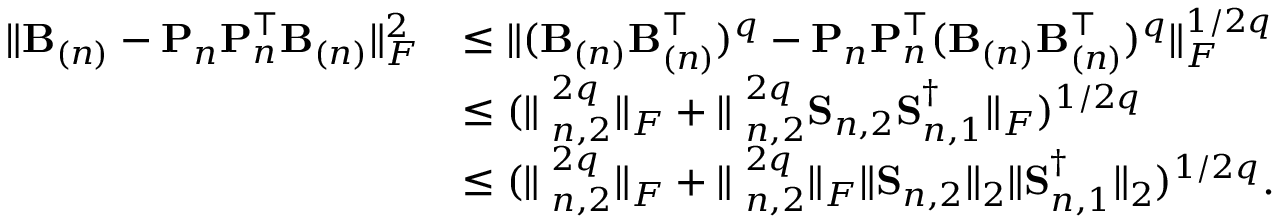
\begin{array} { r l } { \| \mathbf { B } _ { ( n ) } - { \bf P } _ { n } { \bf P } _ { n } ^ { \top } \mathbf { B } _ { ( n ) } \| _ { F } ^ { 2 } } & { \leq \| ( \mathbf { B } _ { ( n ) } \mathbf { B } _ { ( n ) } ^ { \top } ) ^ { q } - { \bf P } _ { n } { \bf P } _ { n } ^ { \top } ( \mathbf { B } _ { ( n ) } \mathbf { B } _ { ( n ) } ^ { \top } ) ^ { q } \| _ { F } ^ { 1 / 2 q } } \\ & { \leq ( \| { \bf \Sigma } _ { n , 2 } ^ { 2 q } \| _ { F } + \| { \bf \Sigma } _ { n , 2 } ^ { 2 q } { \bf S } _ { n , 2 } { \bf S } _ { n , 1 } ^ { \dag } \| _ { F } ) ^ { 1 / 2 q } } \\ & { \leq ( \| { \bf \Sigma } _ { n , 2 } ^ { 2 q } \| _ { F } + \| { \bf \Sigma } _ { n , 2 } ^ { 2 q } \| _ { F } \| { \bf S } _ { n , 2 } \| _ { 2 } \| { \bf S } _ { n , 1 } ^ { \dag } \| _ { 2 } ) ^ { 1 / 2 q } . } \end{array}